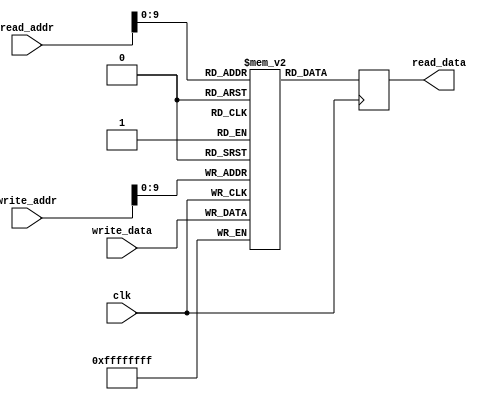
module QDR_SRAM (
    input wire clk,
    input wire [31:0] read_addr,
    input wire [31:0] write_addr,
    input wire [31:0] write_data,
    output reg [31:0] read_data
);

reg [31:0] qdr_memory [0:1023];

always @(posedge clk) begin
    read_data <= qdr_memory[read_addr];
end

always @(posedge clk) begin
    qdr_memory[write_addr] <= write_data;
end

endmodule